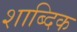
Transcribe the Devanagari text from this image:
शाब्दिक